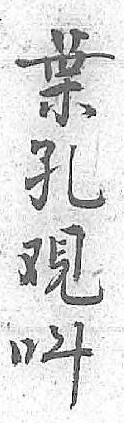
葉呌孔 覌